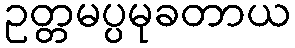
ဥတ္တမပ္ပမုခတာယ